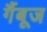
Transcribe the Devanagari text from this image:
गैंबूज